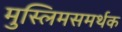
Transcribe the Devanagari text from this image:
मुस्लिमसमर्थक